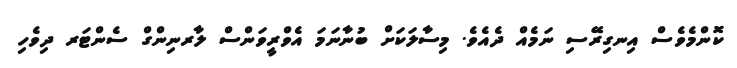
ކޮންމެވެސް އިނގިރޭސި ނަމެއް ދެއެވެ. މިސާލަކަށް ބުނާނަމަ އެވްރީވަންސް ލާރނިންގް ސެންޓަރ ދިވެހި